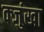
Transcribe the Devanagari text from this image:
क्जुंखा